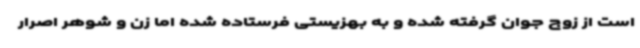
است از زوج جوان گرفته شده و به بهزیستی فرستاده شده اما زن و شوهر اصرار